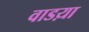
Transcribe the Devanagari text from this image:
वाडय़ा